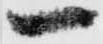
一